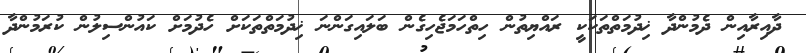
ދާއިރާއިން ދެމުންދާ ޚިދުމަތްތަކަކީ ރައްޔިތުން ހިތްހަމަޖެހިގެން ބަލައިގަންނަ ޚިދުމަތްތަކަށް ހެދުމަށް ކައުންސިލުން ކުރަމުންދާ